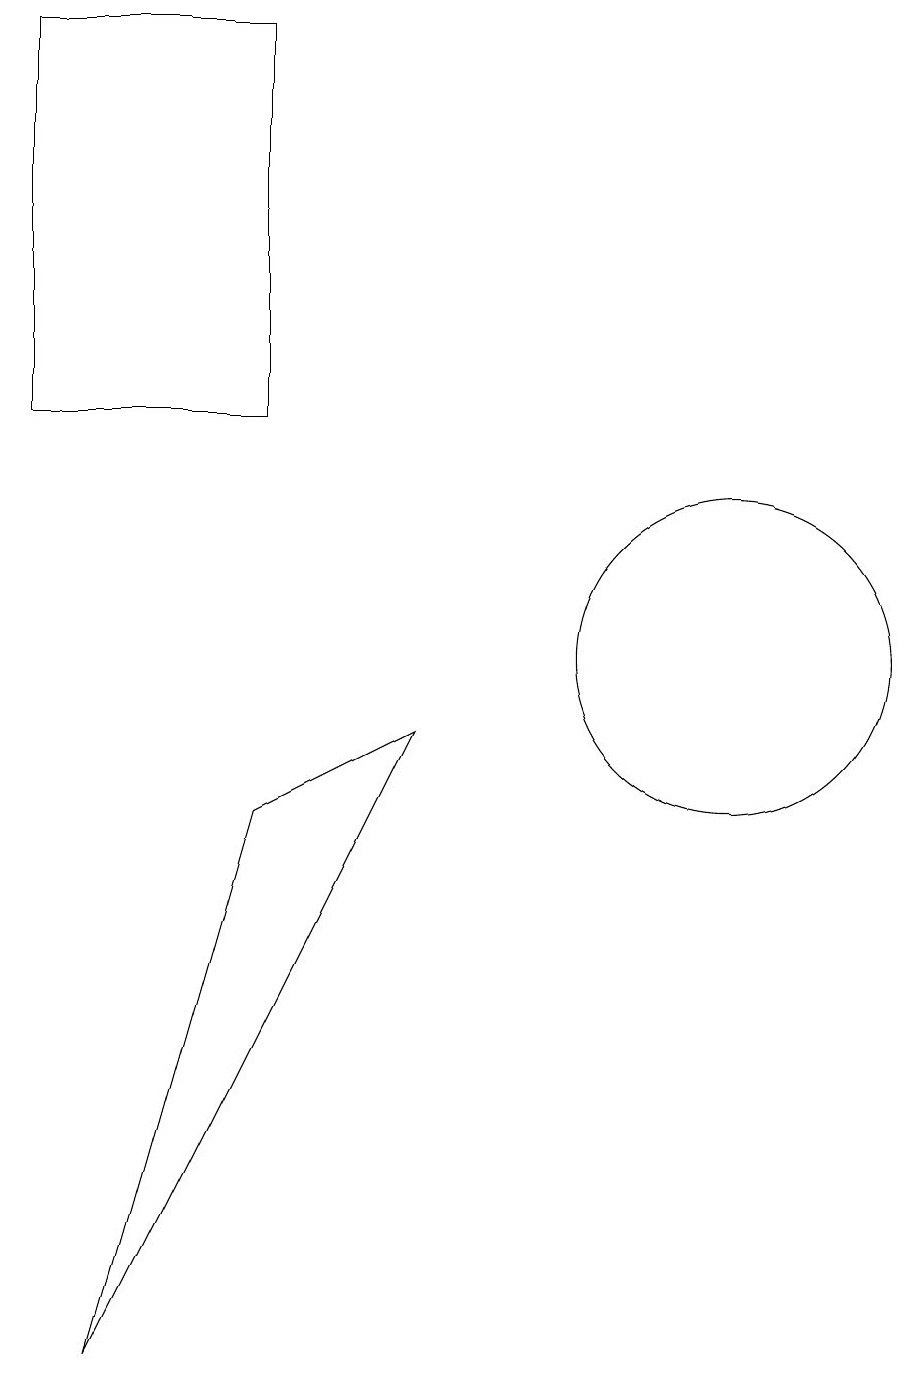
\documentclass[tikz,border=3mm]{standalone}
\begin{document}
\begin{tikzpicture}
\draw (6,9) -- (2,1) -- (4,8) -- cycle;
\draw (4,18) rectangle (1,13);
\draw (10,10) circle (2);
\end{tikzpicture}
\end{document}